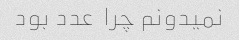
نمیدونم چرا  عدد بود